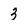
Character: 3